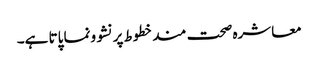
معاشرہ صحت مندخطوط پرنشوونما پاتا ہے۔